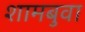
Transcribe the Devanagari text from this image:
शामबुवा